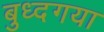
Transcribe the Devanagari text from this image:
बुध्दगया